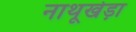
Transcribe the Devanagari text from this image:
नाथूखेड़ा